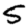
Digit: 5